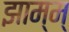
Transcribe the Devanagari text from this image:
झाम्म्